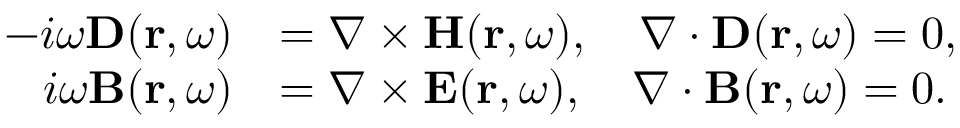
\begin{array} { r l } { - i \omega \mathbf { D } ( \mathbf { r } , \omega ) } & { = \nabla \times \mathbf { H } ( \mathbf { r } , \omega ) , ~ ~ ~ \nabla \cdot \mathbf { D } ( \mathbf { r } , \omega ) = 0 , } \\ { i \omega \mathbf { B } ( \mathbf { r } , \omega ) } & { = \nabla \times \mathbf { E } ( \mathbf { r } , \omega ) , ~ ~ ~ \nabla \cdot \mathbf { B } ( \mathbf { r } , \omega ) = 0 . } \end{array}